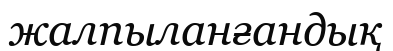
жалпыланғандық